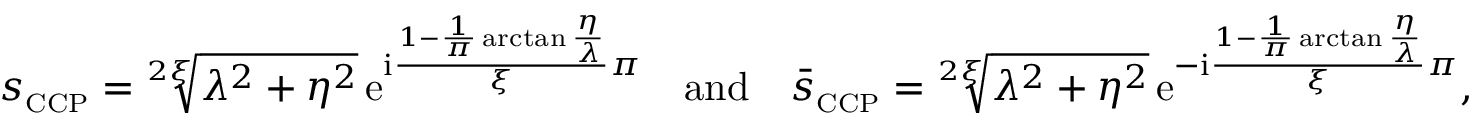
s _ { \scriptscriptstyle { \mathrm { C C P } } } = \sqrt [ 2 \xi ] { \lambda ^ { 2 } + \eta ^ { 2 } } \, \mathrm { e } ^ { \mathrm { i } \frac { 1 - \frac { 1 } { \pi } \arctan \frac { \eta } { \lambda } } { \xi } \pi } \quad \mathrm { a n d } \quad \bar { s } _ { \scriptscriptstyle { \mathrm { C C P } } } = \sqrt [ 2 \xi ] { \lambda ^ { 2 } + \eta ^ { 2 } } \, \mathrm { e } ^ { - \mathrm { i } \frac { 1 - \frac { 1 } { \pi } \arctan \frac { \eta } { \lambda } } { \xi } \pi } ,